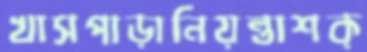
খাসপাড়ানিয়ন্তাশক্